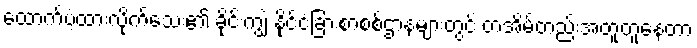
ထောက်ပံ့ထားလိုက်သေး၏ ခိုင်းကျွဲ နိုင်ငံခြားစာစစ်ဌာနများတွင် တအိမ်တည်းအတူတူနေတာ